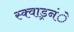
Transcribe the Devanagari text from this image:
स्क्वाड्रनंे